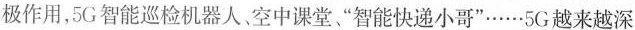
极作用，5G智能巡检机器人空中课堂”智能快递小哥”……5G越来越深